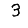
Digit: 3